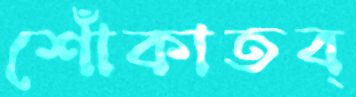
শোঁকাতব্